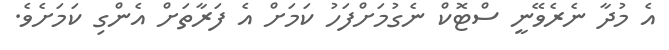
އެ މުދާ ނެރެވޭނީ ސްޓޮކް ނެގުމަށްފަހު ކަމަށް އެ ފަރާތަށް އެންގި ކަމަށެވެ.